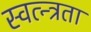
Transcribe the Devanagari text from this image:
स्वत्न्त्रता